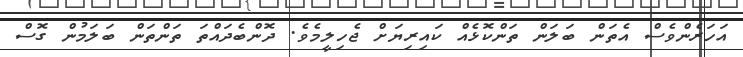
އަހަރެންވެސް އެތަން ބަލަން ތަންކޮޅެއް ކައިރިޔަށް ޖެހިލީމެވެ. ދޮންބެދައްތަ ތަންތަން ބަލަމުން ގޮސް